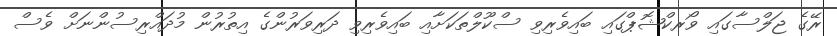
ރޭގެ ޖަލްސާގައި ވޯރކްޝޮޕްގައި ބައިވެރިވި ސްކޫލްތަކަށާއި ބައިވެރިވި ދަރިވަރުންގެ އިތުރުން މުދައްރިސުންނަށް ވެސް